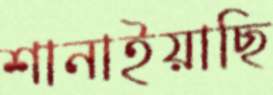
শানাইয়াছি